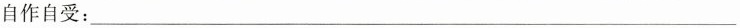
自作自受：___